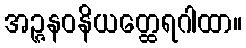
အဉ္ဇနဝနိယတ္ထေရဂါထာ။